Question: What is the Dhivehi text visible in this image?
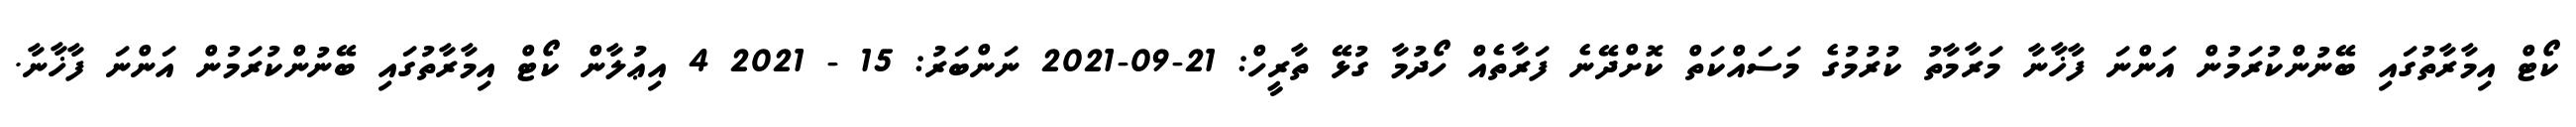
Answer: ކޯޓް އިމާރާތުގައި ބޭނުންކުރަމުން އަންނަ ފާޚާނާ މަރާމާތު ކުރުމުގެ މަސައްކަތް ކޮށްދޭނެ ފަރާތެއް ހޯދުމާ ގުޅޭ ތާރީހް: 21-09-2021 ނަންބަރު: 15 - 2021 4 އިޢުލާން ކޯޓް އިމާރާތުގައި ބޭނުންކުރަމުން އަންނަ ފާޚާނާ.